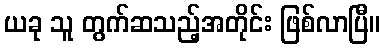
ယခု သူ တွက်ဆသည့်အတိုင်း ဖြစ်လာပြီ။